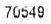
70549